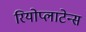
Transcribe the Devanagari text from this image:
रियोप्लाटेन्स